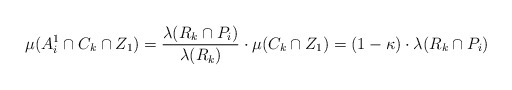
\begin{align*} \mu(A_i^1 \cap C_k \cap Z_1) = \frac{\lambda(R_k \cap P_i)}{\lambda(R_k)} \cdot \mu(C_k \cap Z_1) = (1 - \kappa) \cdot \lambda(R_k \cap P_i)\end{align*}